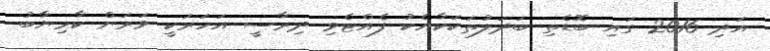
އަދި 2016 ގައި ބޮޑެތި ބަދަލުތަކަކާއެކު ފެއްޓެވި ދިރާސީ އަހަރަކީ ވަރަށް ކާމިޔާބު